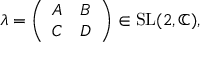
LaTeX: \lambda = { \left( \begin{array} { l l } { A } & { B } \\ { C } & { D } \end{array} \right) } \in { \mathrm { S L } } ( 2 , \mathbb { C } ) ,